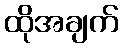
ထိုအချက်